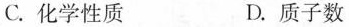
C.化学性质 D.质子数